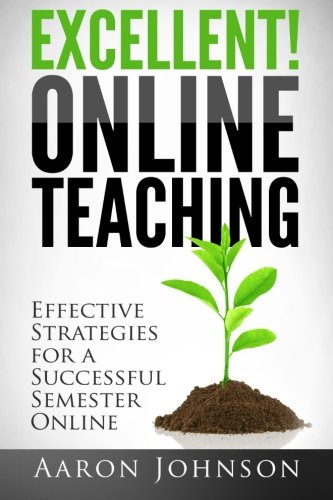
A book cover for Excellent Online Teaching: Effective Strategies For A Successful Semester Online; Aaron Johnson; Education & Teaching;